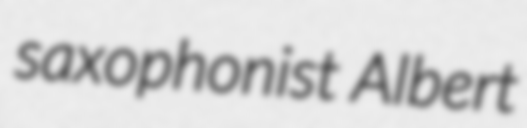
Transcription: saxophonist Albert